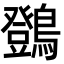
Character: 䳾